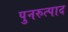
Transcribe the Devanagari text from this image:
पुनरुत्पाद